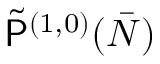
\widetilde { \mathsf { P } } ^ { ( 1 , 0 ) } ( \bar { N } )